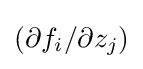
(\partial f_{i}/\partial z_{j})